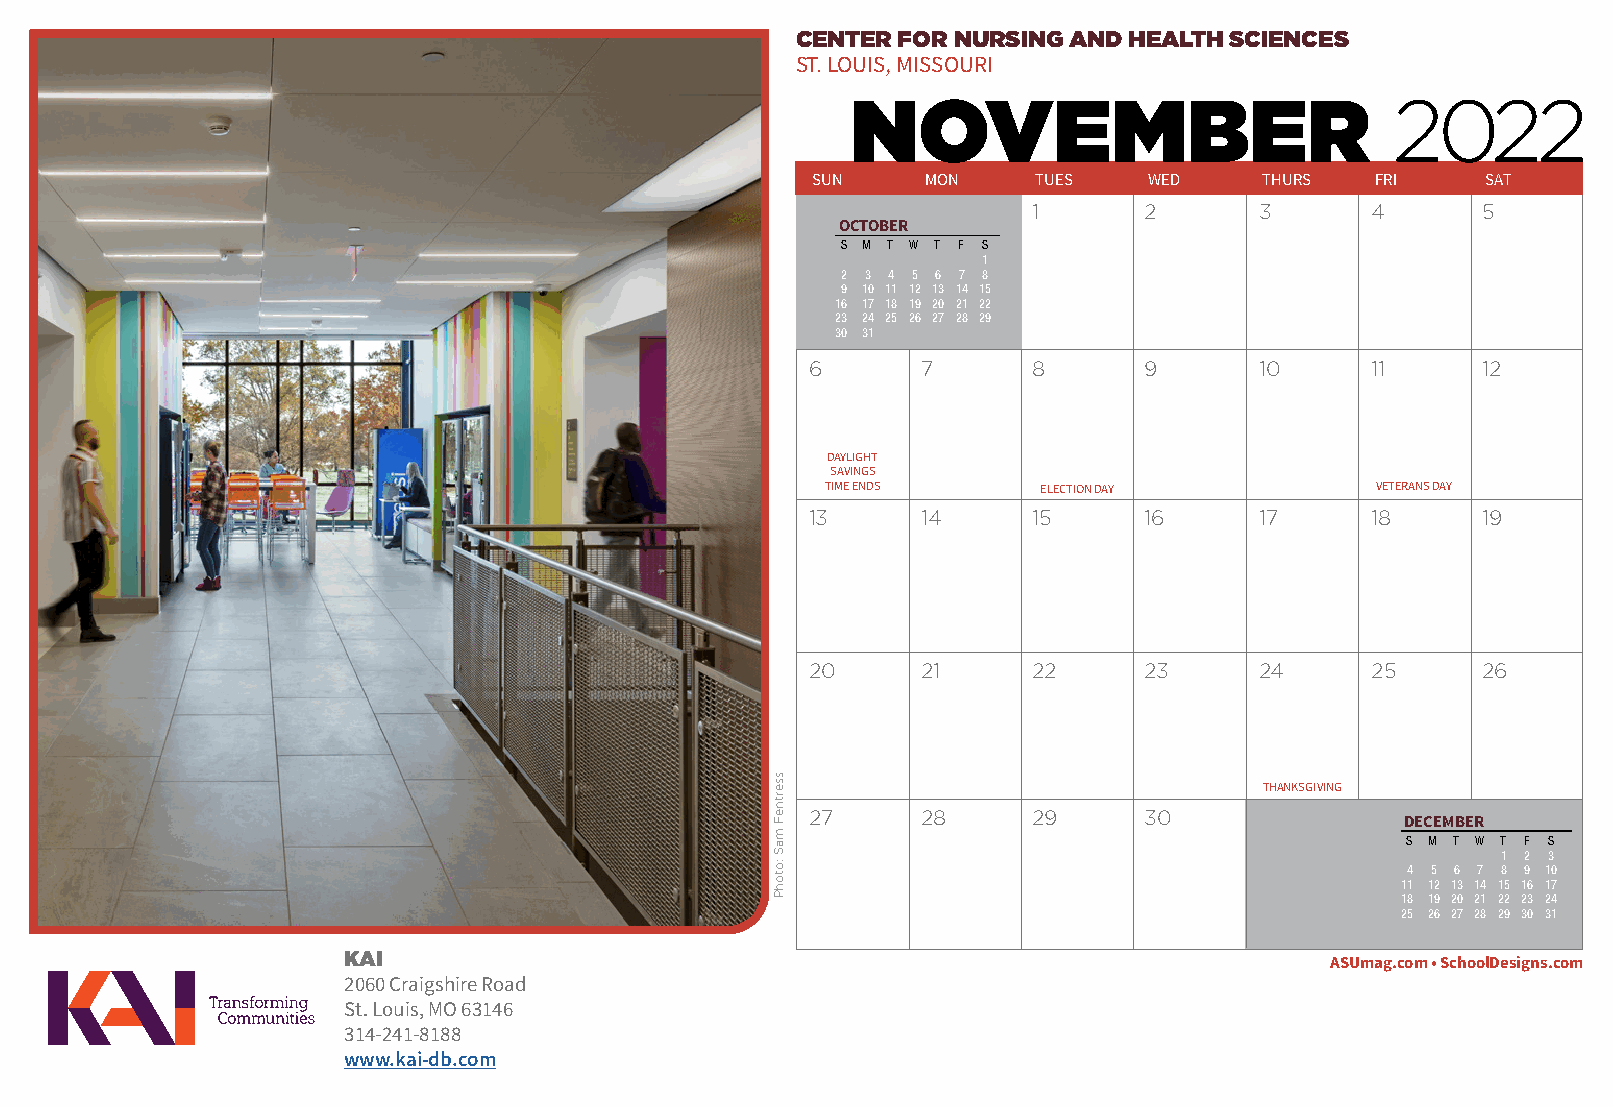
CENTER FOR NURSING AND HEALTH SCIENCES
 ST. LOUIS, MISSOURI
 2022
 NOVEMBER
 SUN    MON     TUES   WED     THURS  FRI    SAT
 1       2      3       4      5
 OCTOBER
 S M T W T F S
 1
 2 3 4 5 6 7 8
 9 10 11 12 13 14 15
 16 17 18 19 20 21 22
 23 24 25 26 27 28 29
 30 31
 6      7      8       9      10      11     12
 DAYLIGHT
 SAVINGS
 TIME ENDS     ELECTION DAY          VETERANS DAY
 13     14     15      16     17      18     19
 20     21     22      23     24      25     26
 THANKSGIVING
 27     28     29      30
 DECEMBER
 S M T W T F S
 1 2 3
 4 5 6 7 8 9 10
 11 12 13 14 15 16 17
 18 19 20 21 22 23 24
 25 26 27 28 29 30 31
 KAI                                                              ASUmag.com • SchoolDesigns.com
 2060 Craigshire Road
 St. Louis, MO 63146
 314-241-8188
 www.kai-db.com
 ssertneF
 maS
 :otohP